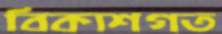
বিকাশগত